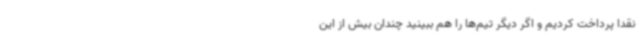
نقداً پرداخت کردیم و اگر دیگر تیم‌ها را هم ببینید چندان بیش از این